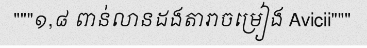
"""១,៨ ពាន់លានដងតារាចម្រៀង Avicii"""